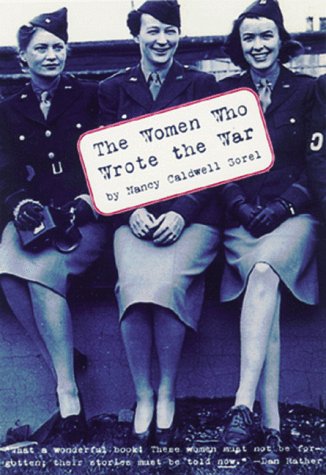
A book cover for The Women Who Wrote the War; Nancy Caldwell Sorel; Politics & Social Sciences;